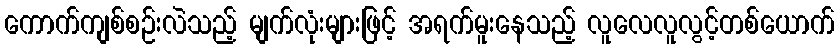
ကောက်ကျစ်စဉ်းလဲသည့် မျက်လုံးများဖြင့် အရက်မူးနေသည့် လူလေလူလွင့်တစ်ယောက်